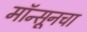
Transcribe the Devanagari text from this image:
मॉन्सूनचा